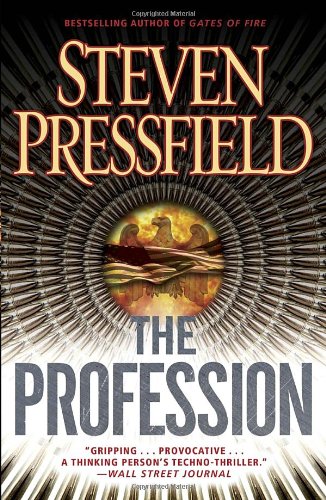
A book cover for The Profession: A Thriller; Steven Pressfield; Literature & Fiction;